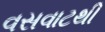
વસવાટથી